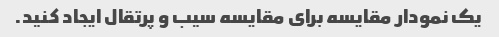
یک نمودار مقایسه برای مقایسه سیب و پرتقال ایجاد کنید.